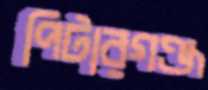
পিটারগঞ্জ